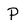
Character: P